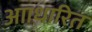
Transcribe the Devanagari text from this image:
आाधारित